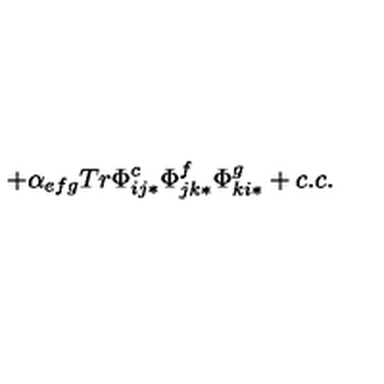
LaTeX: + \alpha _ { e f g } T r \Phi _ { i j * } ^ { c } \Phi _ { j k * } ^ { f } \Phi _ { k i * } ^ { g } + c . c .